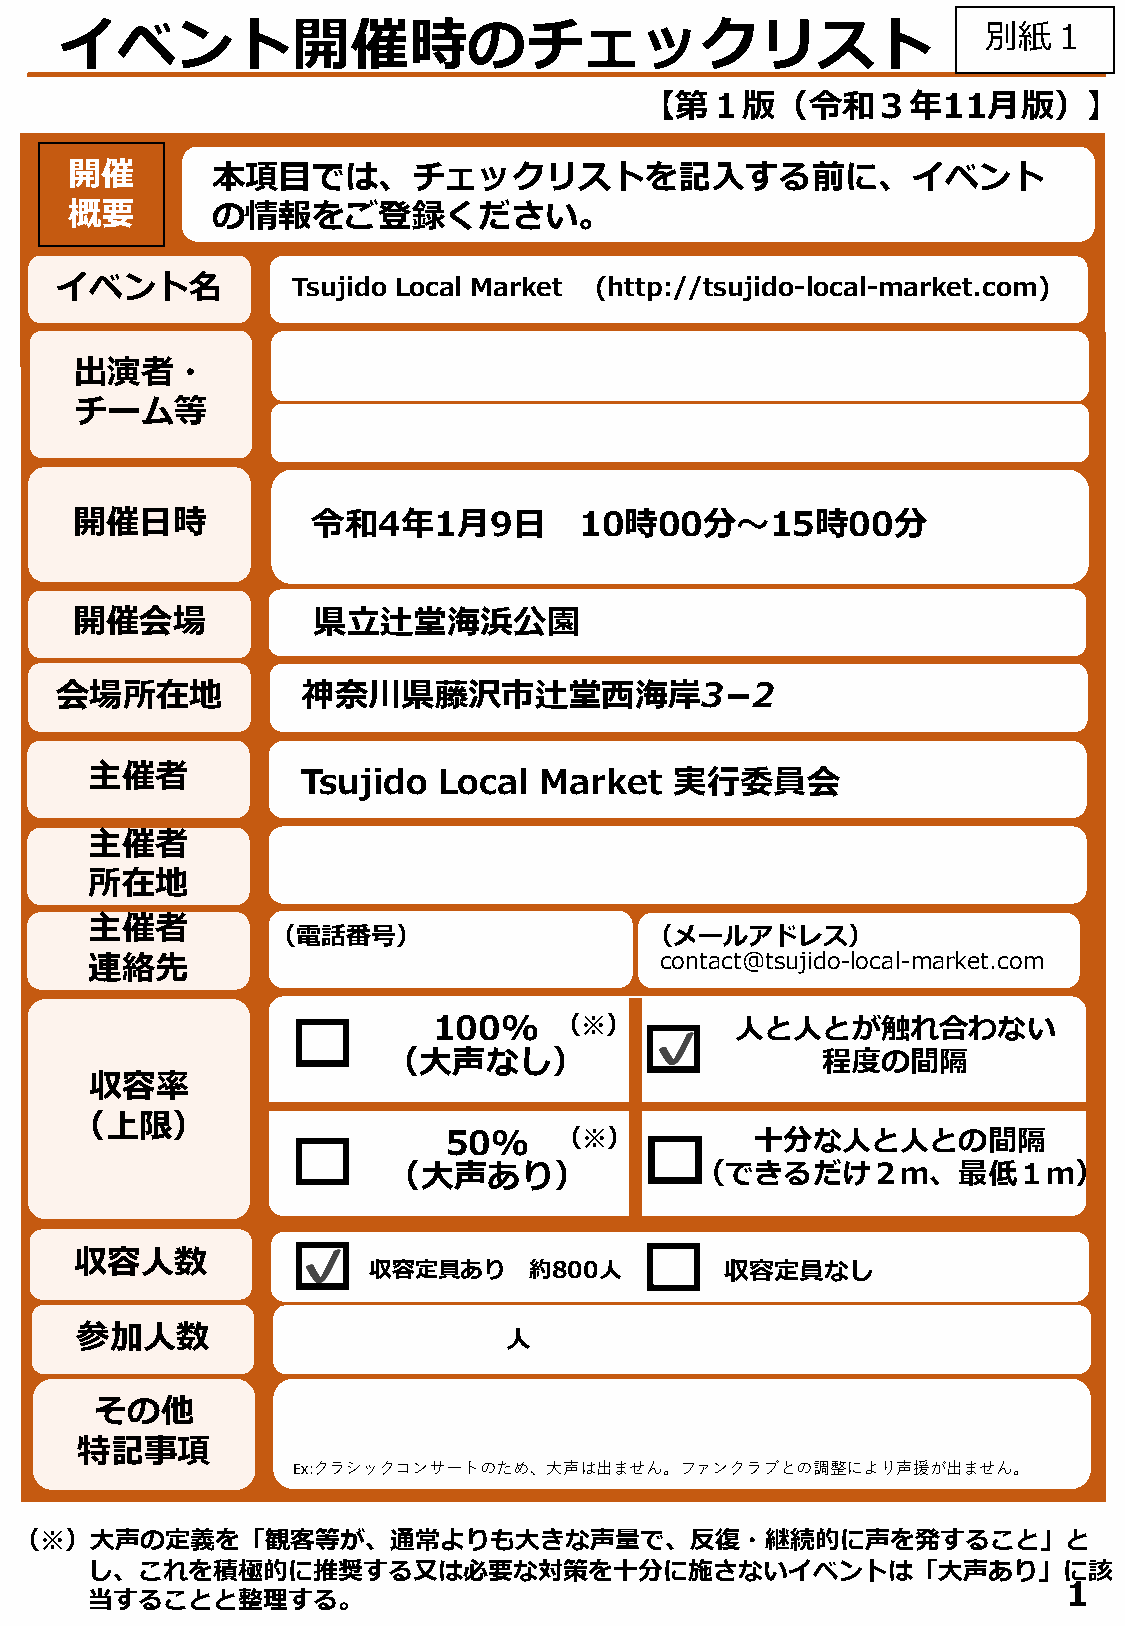
イベント開催時のチェックリスト                                              別紙１
 【第１版（令和３年11⽉版）】
 開催       本項⽬では、チェックリストを記⼊する前に、イベント
 概要       の情報をご登録ください。
 イベント名          Tsujido Local Market (http://tsujido-local-market.com)
 出演者・
 チーム等
 開催⽇時            令和4年1⽉9⽇         10時00分〜15時00分
 開催会場            県⽴辻堂海浜公園
 会場所在地           神奈川県藤沢市辻堂⻄海岸3­2
 主催者           Tsujido  Local  Market   実⾏委員会
 主催者
 所在地
 主催者
 （電話番号）                   （メールアドレス）
 連絡先                                   contact@tsujido-local-market.com
 100%    （※）         ⼈と⼈とが触れ合わない
 ✔
 （⼤声なし）                      程度の間隔
 収容率
 （上限）
 50%    （※）          ⼗分な⼈と⼈との間隔
 （⼤声あり）              （できるだけ２ｍ、最低１ｍ）
 ー
 収容⼈数           ✔   収容定員あり     約800⼈        収容定員なし
 参加⼈数                         ⼈
 その他
 特記事項
 Ex:クラシックコンサートのため、⼤声は出ません。ファンクラブとの調整により声援が出ません。
 （※）⼤声の定義を「観客等が、通常よりも⼤きな声量で、反復・継続的に声を発すること」と
 し、これを積極的に推奨する⼜は必要な対策を⼗分に施さないイベントは「⼤声あり」に該
 1
 当することと整理する。